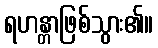
ရဟန္တာဖြစ်သွား၏။